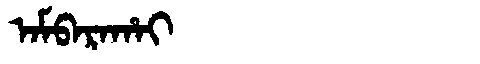
Manchu: ᠠᠮᠪᠠᡵᠠᡥᠠᡳ
Romanization: AMBARAHAI